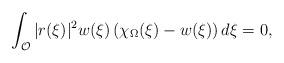
LaTeX: \begin{align*} \int_{\mathcal O} |r(\xi)|^2w(\xi)\left(\chi_{\Omega}(\xi)- w(\xi)\right) d\xi=0,\end{align*}